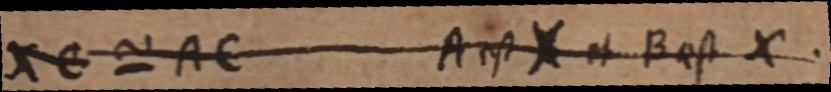
XC ~ AC A est X et B est X.